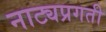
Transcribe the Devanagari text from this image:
नाट्यप्रगती